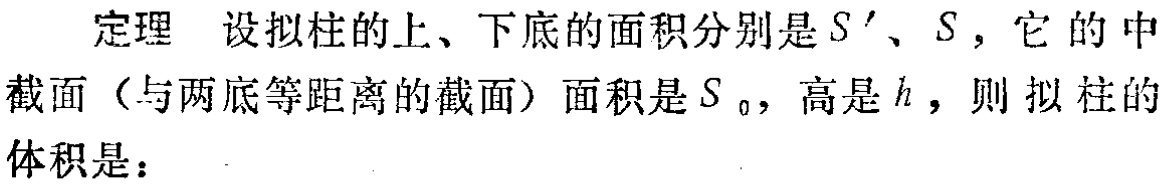
定理 设拟柱的上、下底的面积分别是\(S'\)、\(S\)，它 的 中截面（与两底等距离的截面）面积是\(S_{0}\)，高是\(h\)，则拟柱的体积是：